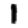
Digit: 1